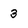
Character: 3